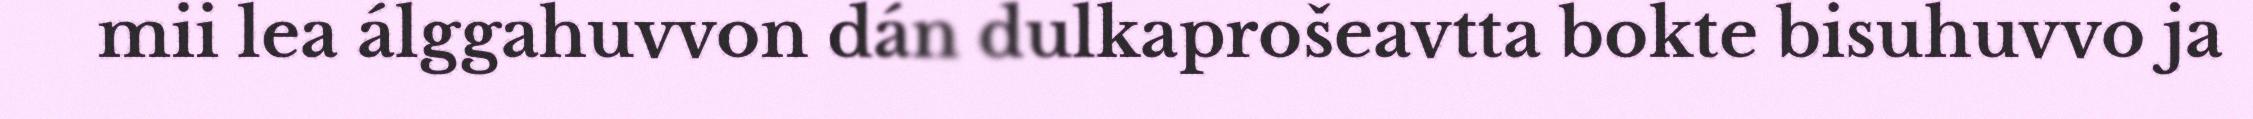
mii lea álggahuvvon dán dulkaprošeavtta bokte bisuhuvvo ja